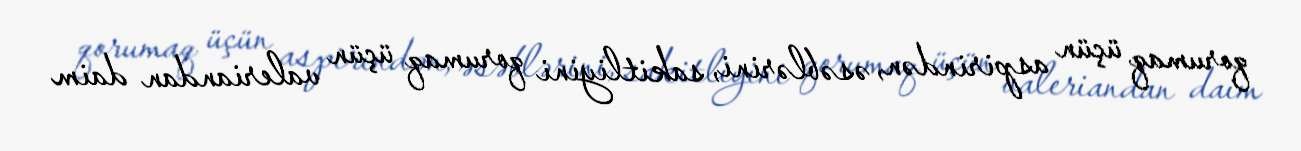
qorumaq üçün aspirindən, əsəblərini, sakitliyini qorumaq üçün valeriandan daim